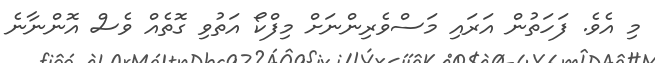
މި އެވެ. ފަހަތުން އަރައި މަސްވެރިންނަށް މިފްކޯ އަތުވި ގޮތެއް ވެސް އޮންނާނެ